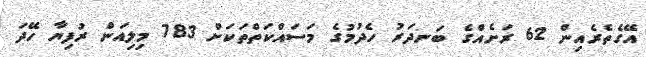
އޭގެތެރެއިން 62 ރަށެއްގެ ބަނދަރު ހެދުމުގެ މަސައްކަތްތަކަށް 783 މިލިއަން ރުފިޔާ ހޭދަ